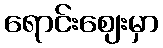
ရောင်းဈေးမှာ